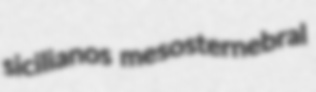
sicilianos mesosternebral